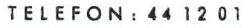
TELEFON : 44 12 01